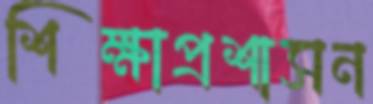
শিক্ষাপ্রশাসন